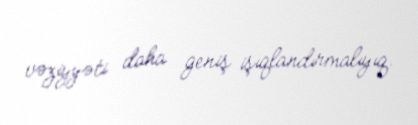
vəziyyəti daha geniş işıqlandırmalıyıq.